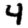
Digit: 4